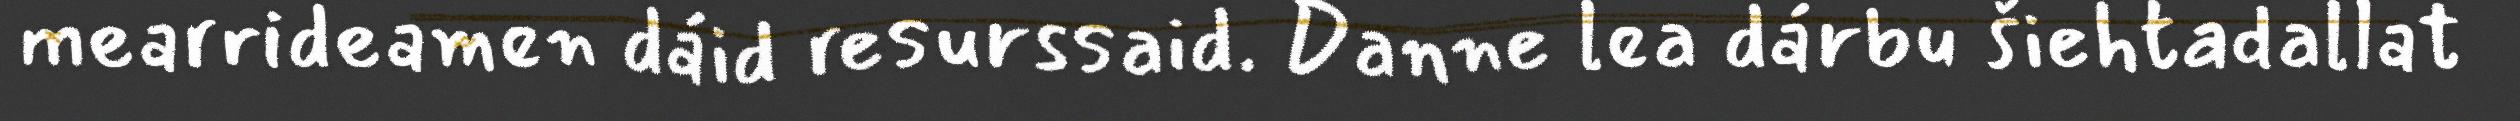
mearrideamen dáid resurssaid. Danne lea dárbu šiehtadallat